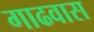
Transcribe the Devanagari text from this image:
गाढवास